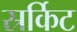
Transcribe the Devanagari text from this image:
स्रर्किट